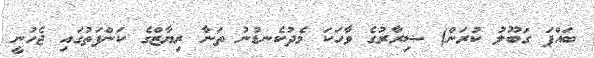
ބައްޕަ ގަބޫލު ކުރަން) ޟިރާރުގެ ވާހަކަ މެދުކެނޑުނު ތަނާ ރިޔާޒްގެ ކަންފަތުގައި ޖެހުނީ